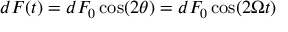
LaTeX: d F ( t ) = d F _ { 0 } \cos ( 2 \theta ) = d F _ { 0 } \cos ( 2 \Omega t )